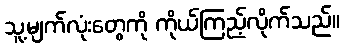
သူ့မျက်လုံးတွေကို ကိုယ်ကြည့်လိုက်သည်။